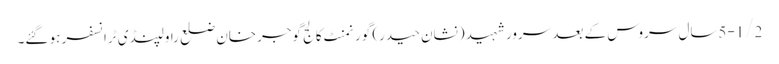
5-1/2سال سروس کے بعد سرور شہید (نشان حیدر) گورنمنٹ کالج گوجرخان ضلع راولپنڈی ٹرانسفر ہو گئے۔